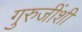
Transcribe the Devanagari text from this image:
गुरुजींशी